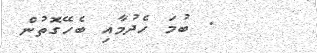
. ބުމަ ހެދުމާއި ބެހޭގޮތުން